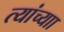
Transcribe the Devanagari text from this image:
त्यांच्याा